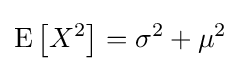
\operatorname {E} \left[X^{2}\right]=\sigma ^{2}+\mu ^{2}